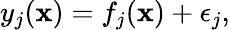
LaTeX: y_{j}(\mathbf x)=f_{j}(\mathbf x)+\epsilon_{j},